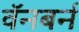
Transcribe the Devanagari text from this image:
वॅनबर्न